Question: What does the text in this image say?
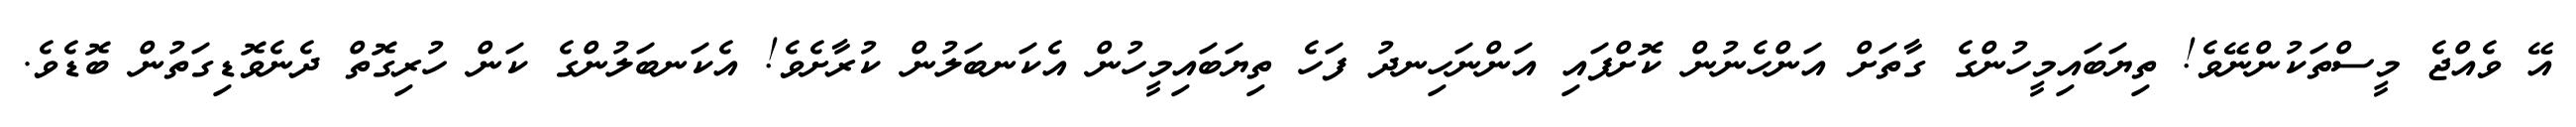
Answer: އޭ ވެއްޖެ މީސްތަކުންނޭވެ! ތިޔަބައިމީހުންގެ ގާތަށް އަންހެނުން ކޮށްފައި އަންނަހިނދު ފަހެ ތިޔަބައިމީހުން އެކަނބަލުން ކުރާށެވެ! އެކަނބަލުންގެ ކަން ހުރިގޮތް ދެނެވޮޑިގަތުން ބޮޑެވެ.